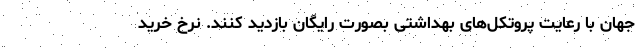
جهان با رعایت پروتکل‌های بهداشتی بصورت رایگان بازدید کنند. نرخ خرید